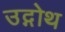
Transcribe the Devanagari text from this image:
उद्गोथ